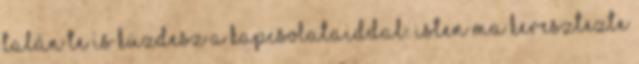
Talán te is küzdesz a kapcsolataiddal. Isten ma keresztezte